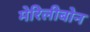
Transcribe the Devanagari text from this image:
मेरिलीबोन